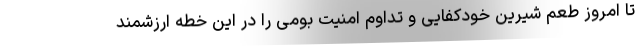
تا امروز طعم شیرین خودکفایی و تداوم امنیت بومی را در این خطه ارزشمند